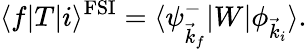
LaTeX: \langle f|T|i\rangle^{\mathrm{FSI}}=\langle\psi_{\vec{k}_{f}}^{-}|W|\phi_{\vec{k}_{i}}\rangle.